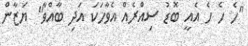
"ހެ ހެ ހެ އެއީ ބޮޑު ސިއްރެއް އެވާހަކަ އަދި ބާއްވާ" ޔަޒާން